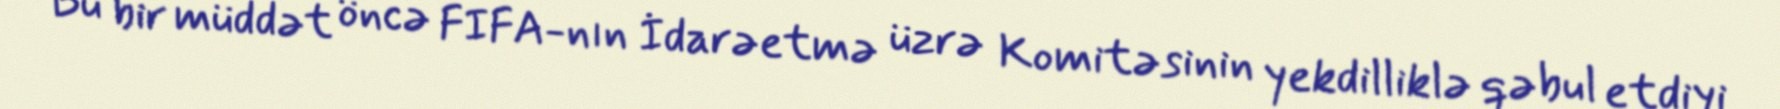
Bu bir müddət öncə FIFA-nın İdarəetmə üzrə Komitəsinin yekdilliklə qəbul etdiyi